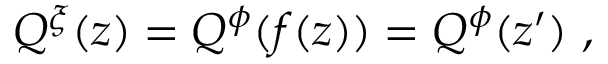
Q ^ { \xi } ( z ) = Q ^ { \phi } ( f ( z ) ) = Q ^ { \phi } ( z ^ { \prime } ) \ ,